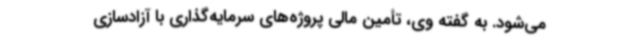
می‌شود. به گفته وی، تأمین مالی پروژه‌های سرمایه‌گذاری با آزادسازی